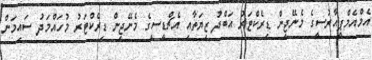
އެމްއެމްޕީއާރުސީގެ މެނޭޖިން ޑިރެކްޓަރު އަބްދު ޒިޔަތާއި އެޗްޑީސީގެ މެނޭޖިން ޑިރެކްޓަރު މުހައްމަދު ސައިމަން